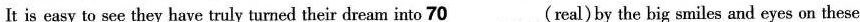
It is easy to see they have truly turned their dream into \underline{70}(real)by the big smiles and eyes on these